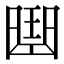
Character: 𠚖